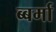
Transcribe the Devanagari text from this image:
ब्बर्मा